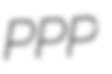
PPP